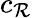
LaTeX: c_{\mathcal{R}}